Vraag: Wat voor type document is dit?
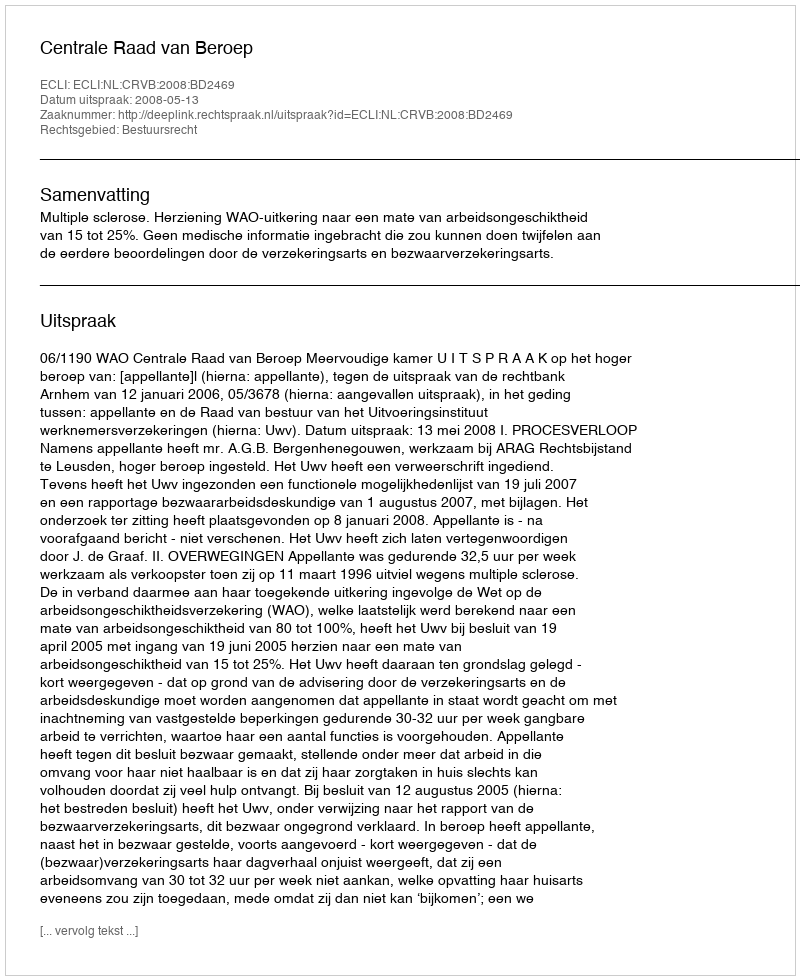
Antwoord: Uitspraak